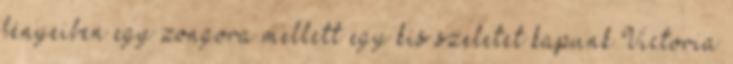
fényeiben egy zongora mellett egy kis szeletet kapunk Victoria